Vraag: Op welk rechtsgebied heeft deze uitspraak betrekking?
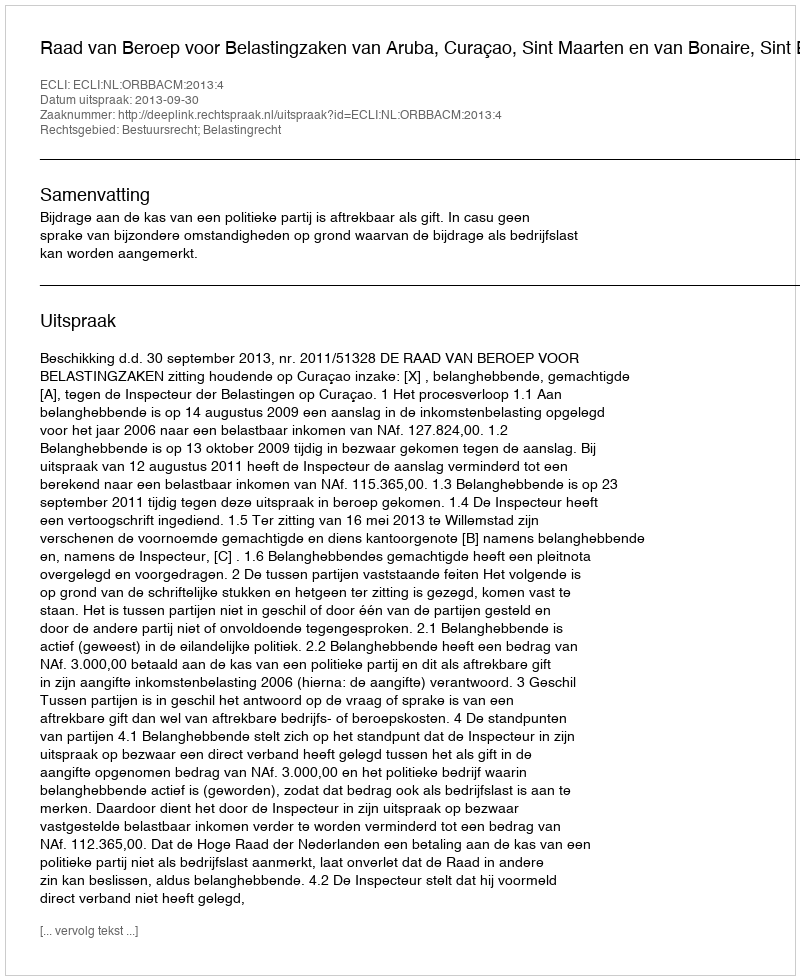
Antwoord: Bestuursrecht; Belastingrecht